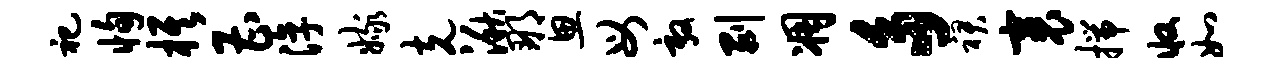
祀恂旗曹淳嫁克湫那思母敦剥凋多裙裹揣收如